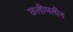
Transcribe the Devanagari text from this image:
छलीमलीन